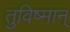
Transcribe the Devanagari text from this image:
तुविष्मान्